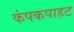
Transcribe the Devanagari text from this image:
कंपकपाहट